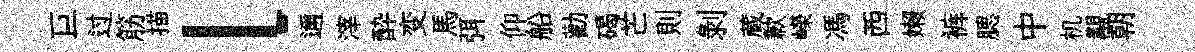
巨过筋描l邇滓酔变馬弭仰船勸碣芒則剥蔵歉嶸馮西嬾裤腮中机覯朝